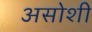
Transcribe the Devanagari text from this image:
असोशी